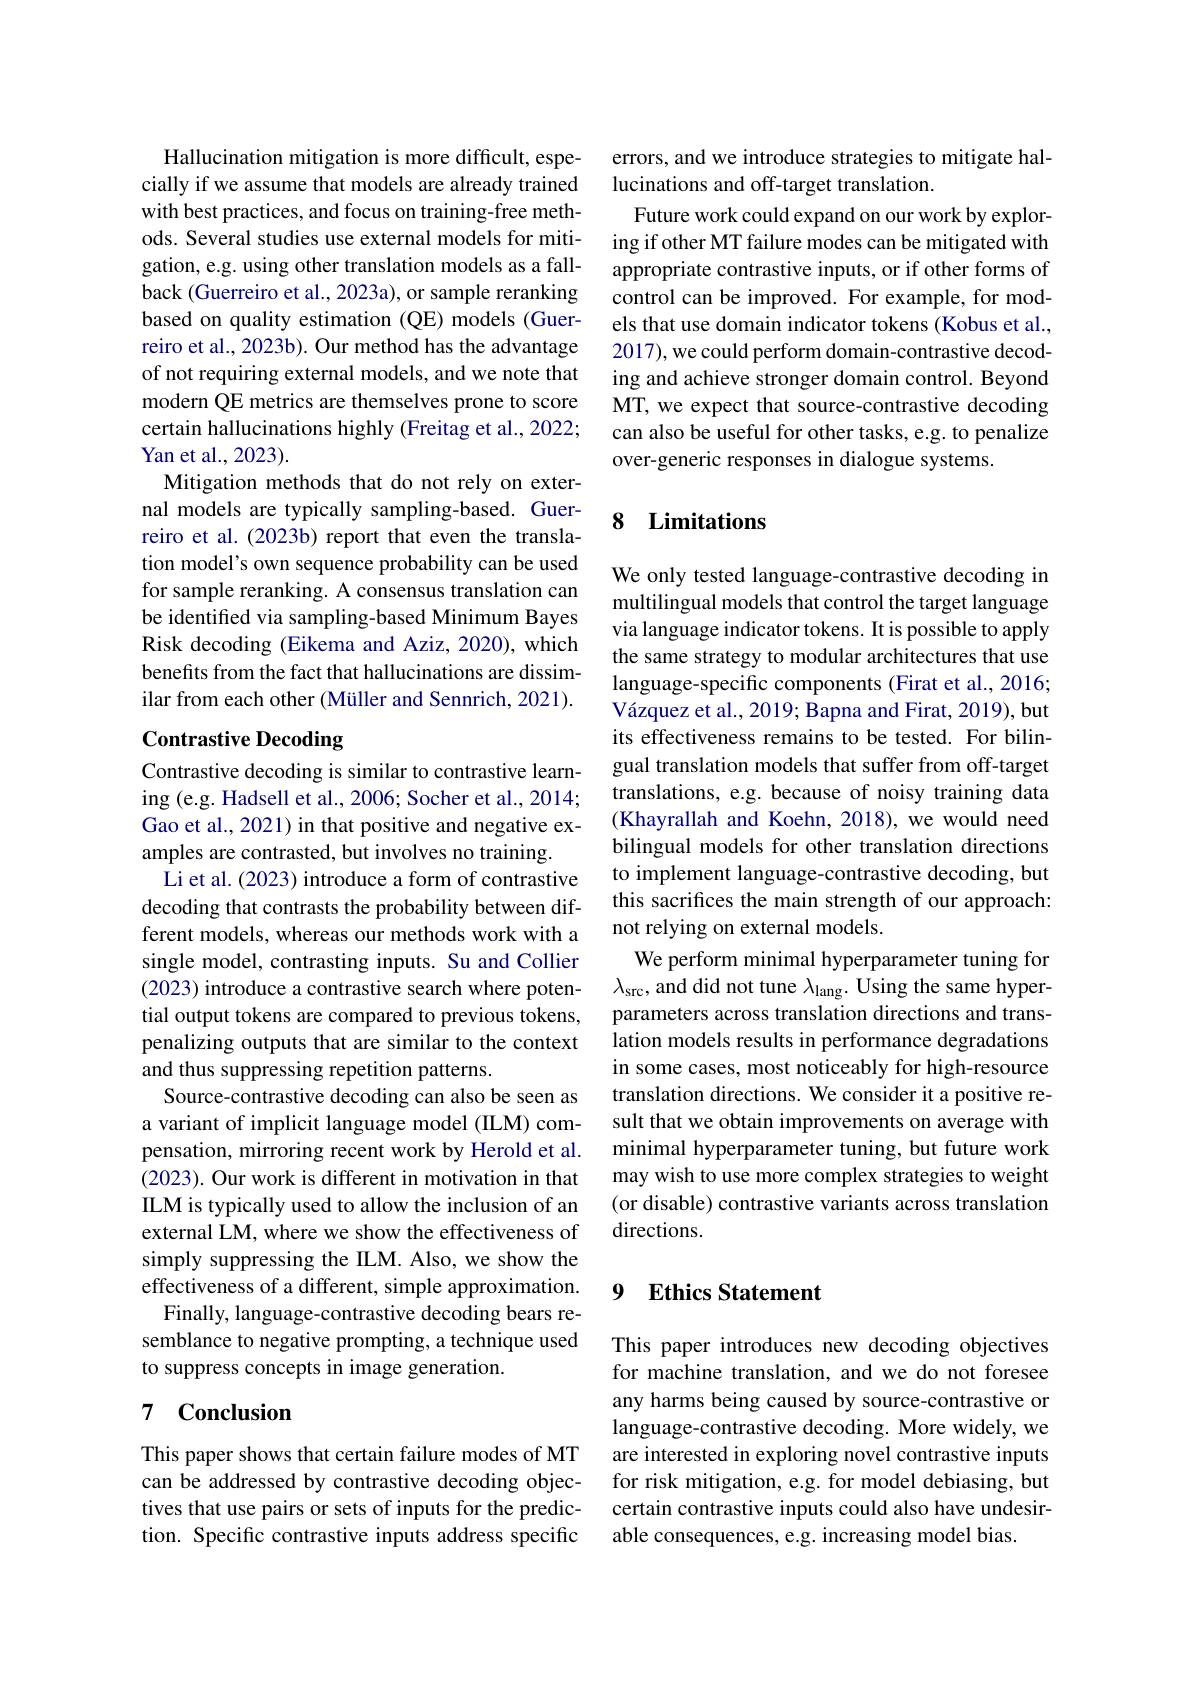
Hallucination mitigation is more difficult, especially if we assume that models are already trained with best practices, and focus on training-free methods. Several studies use external models for mitigation, e.g. using other translation models as a fallback (Guerreiro et al., 2023a), or sample reranking based on quality estimation (QE) models (Guerreiro et al., 2023b). Our method has the advantage of not requiring external models, and we note that modern QE metrics are themselves prone to score certain hallucinations highly (Freitag et al., 2022; Yan et al., 2023).
Mitigation methods that do not rely on external models are typically sampling-based. Guerreiro et al. (2023b) report that even the translation model's own sequence probability can be used for sample reranking. A consensus translation can be identified via sampling-based Minimum Bayes Risk decoding (Eikema and Aziz, 2020), which benefits from the fact that hallucinations are dissimilar from each other (Müller and Sennrich, 2021).

## Contrastive Decoding

Contrastive decoding is similar to contrastive learning (e.g. Hadsell et al., 2006; Socher et al., 2014; Gao et al., 2021) in that positive and negative examples are contrasted, but involves no training.
Li et al. (2023) introduce a form of contrastive decoding that contrasts the probability between different models, whereas our methods work with a single model, contrasting inputs. Su and Collier (2023) introduce a contrastive search where potential output tokens are compared to previous tokens, penalizing outputs that are similar to the context and thus suppressing repetition patterns.
Source-contrastive decoding can also be seen as a variant of implicit language model (ILM) compensation, mirroring recent work by Herold et al. (2023). Our work is different in motivation in that ILM is typically used to allow the inclusion of an external LM, where we show the effectiveness of simply suppressing the ILM. Also, we show the effectiveness of a different, simple approximation.
Finally, language-contrastive decoding bears resemblance to negative prompting, a technique used to suppress concepts in image generation.

# 7 Conclusion

This paper shows that certain failure modes of MT can be addressed by contrastive decoding objectives that use pairs or sets of inputs for the prediction. Specific contrastive inputs address specific

errors, and we introduce strategies to mitigate hal-
lucinations and off-target translation.
Future work could expand on our work by exploring if other MT failure modes can be mitigated with appropriate contrastive inputs, or if other forms of control can be improved. For example, for models that use domain indicator tokens (Kobus et al., 2017), we could perform domain-contrastive decoding and achieve stronger domain control. Beyond MT, we expect that source-contrastive decoding can also be useful for other tasks, e.g. to penalize over-generic responses in dialogue systems.

## 8 Limitations

We only tested language-contrastive decoding in multilingual models that control the target language via language indicator tokens. It is possible to apply the same strategy to modular architectures that use language-specific components (Firat et al., 2016; Vázquez et al., 2019; Bapna and Firat, 2019), but its effectiveness remains to be tested. For bilingual translation models that suffer from off-target translations, e.g. because of noisy training data (Khayrallah and Koehn, 2018), we would need bilingual models for other translation directions to implement language-contrastive decoding, but this sacrifices the main strength of our approach: not relying on external models.
We perform minimal hyperparameter tuning for $\lambda_{\mathrm{src}}$,and did not tune $\lambda_\mathrm{lang}.$ Using the same hyperparameters across translation directions and translation models results in performance degradations in some cases, most noticeably for high-resource translation directions. We consider it a positive result that we obtain improvements on average with minimal hyperparameter tuning, but future work may wish to use more complex strategies to weight (or disable) contrastive variants across translation directions.

## 9 Ethics Statement

This paper introduces new decoding objectives for machine translation, and we do not foresee any harms being caused by source-contrastive or language-contrastive decoding. More widely, we are interested in exploring novel contrastive inputs for risk mitigation, e.g. for model debiasing, but certain contrastive inputs could also have undesirable consequences, e.g. increasing model bias.